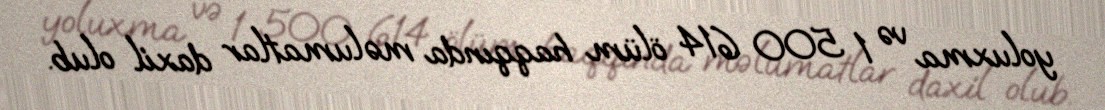
yoluxma və 1 500 614 ölüm haqqında məlumatlar daxil olub.